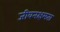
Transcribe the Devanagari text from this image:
जीवनक्षमता